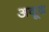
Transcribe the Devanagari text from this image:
अदूद